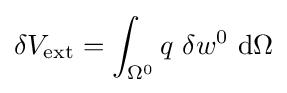
\delta V_{\mathrm {ext} }=\int _{\Omega ^{0}}q~\delta w^{0}~\mathrm {d} \Omega